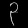
Digit: ၃